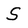
Character: S